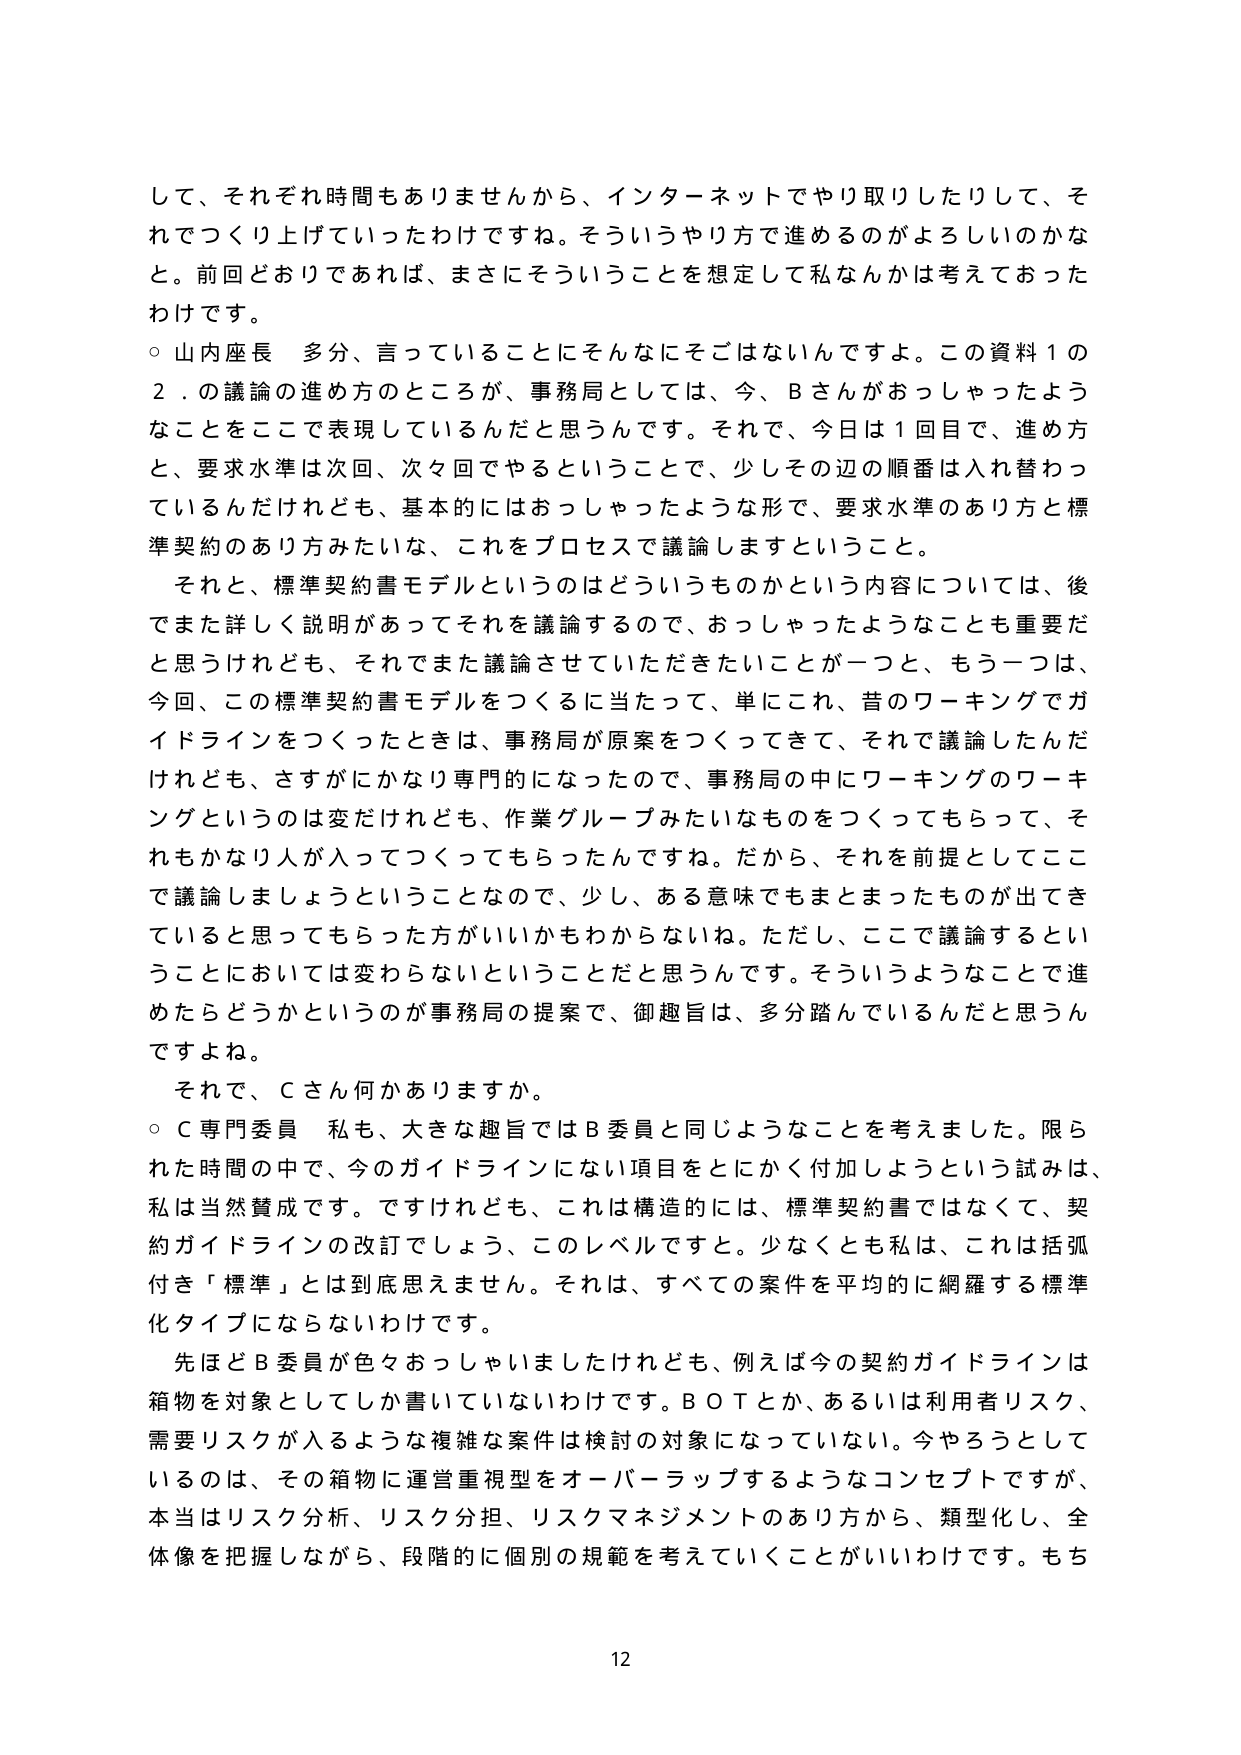
して、それぞれ時間もありませんから、インターネットでやり取りしたりして、それでつくり上げていったわけですね。そういうやり方で進めるのがよろしいのかなと。前回どおりであれば、まさにそういうことを想定して私なんかは考えておったわけです。

○ 山内座長 多分、言っていることにそんなにそこではないんですよ。この資料１の２．の議論の進め方のところが、事務局としては、今、Ｂさんがおっしゃったようなことをここで表現しているんだと思うんです。それで、今日は１回目で、進め方と、要求水準は次回、次々回でやるということで、少しその辺の順番は入れ替わっているんだけれども、基本的にはおっしゃったような形で、要求水準のあり方と標準契約のあり方みたいな、これをプロセスで議論しますということ。

それと、標準契約書モデルというのはどういうものかという内容については、後でまた詳しく説明があってそれを議論するので、おっしゃったようなことも重要だと思うけれども、それでもまた議論させていただきたいことが一つと、もう一つは、今回、この標準契約書モデルをつくるに当たって、単にこれ、昔のワーキングでガイドラインをつくったときは、事務局が原案をつくってきて、それで議論したんだけども、さすがにかなり専門的になったので、事務局の中にワーキングのワーキングというのは変だけれども、作業グループみたいなものもつくってもらって、それもかなり人が入ってつくってもらったんですね。だから、それを前提としてここで議論しましょうということなので、少し、ある意味でもまとまったものが出てきていると思ってもらった方がいいかもわからないね。ただし、ここで議論するということにおいては変わらないということだと思うんです。そういうようなことで進めたらどうかというのが事務局の提案で、御趣旨は、多分踏んでいるんだと思うですよね。

それで、Ｃさん何かありますか。

○ Ｃ専門委員 私も、大きな趣旨ではＢ委員と同じようなことを考えました。限られた時間の中で、今のガイドラインにない項目をとにかく付加しようという試みは、私は当然賛成です。ですけれども、これは構造的には、標準契約書ではなくて、契約ガイドラインの改訂でしょう、このレベルですと。少なくとも私は、これは括弧付き「標準」とは到底思えません。それは、すべての案件を平均的に網羅する標準化タイプにならないわけです。

先ほどＢ委員が色々おっしゃいましたけれども、例えば今の契約ガイドラインは箱物を対象としてしか書いていないわけです。ＢＯＴとか、あるいは利用者リスク、需要リスクが入るような複雑な案件は検討の対象になっていない。今やろうとしているのは、その箱物に運営重視型をオーバーラップするようなコンセプトですが、本当はリスク分析、リスク分担、リスクマネジメントのあり方から、類型化し、全体像を把握しながら、段階的に個別の規範を考えていくことがいいわけです。もち

12